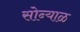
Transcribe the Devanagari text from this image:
सोन्याळ